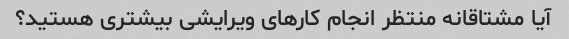
آیا مشتاقانه منتظر انجام کارهای ویرایشی بیشتری هستید؟